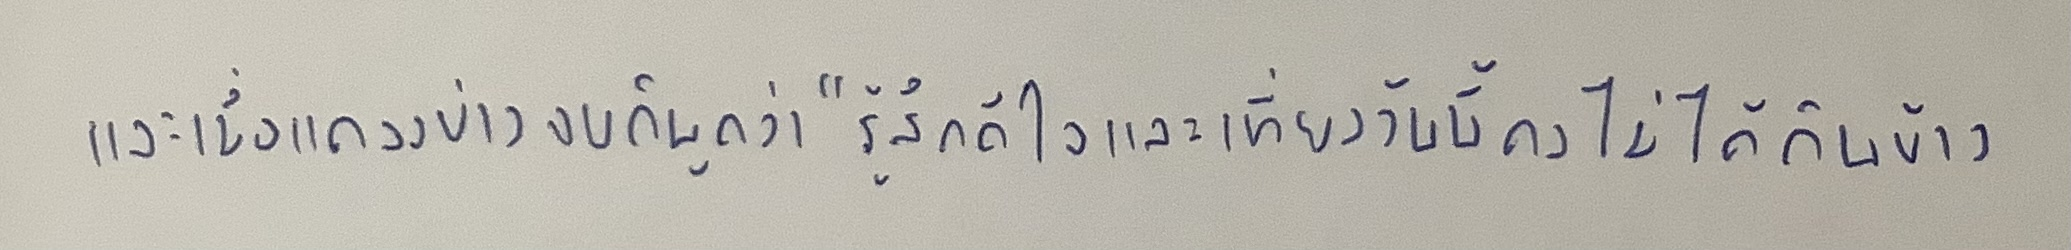
และเมื่อแถลงข่าวจบก็พูดว่า"รู้สึกดีใจและเที่ยงวันนี้คงไม่ได้กินข้าว